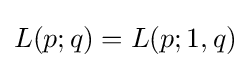
L(p;q)=L(p;1,q)